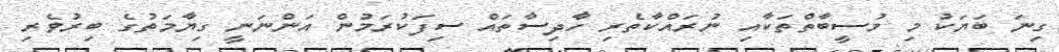
ގިނަ ބަޔަކު މި މުސީބާތްތަކާއި ނުރައްކާތެރި ހާދިސާތައް ސިފަކުރަމުން އަންނަނީ ގިޔާމަތުގެ ބިރުވެރި